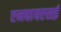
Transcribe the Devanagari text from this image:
एनवायएसई